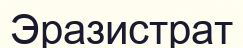
Эразистрат